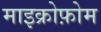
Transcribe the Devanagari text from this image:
माइक्रोफ़ोम